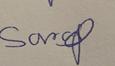
Signature authenticity: genuine